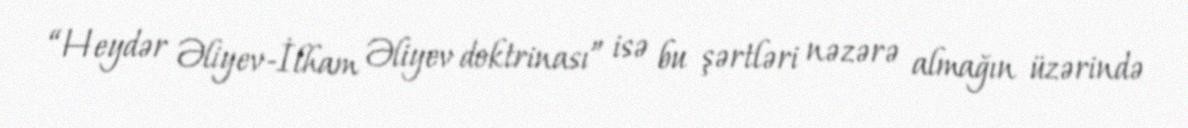
“Heydər Əliyev-İlham Əliyev doktrinası” isə bu şərtləri nəzərə almağın üzərində